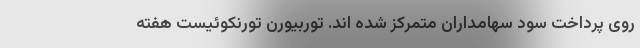
روی پرداخت سود سهامداران متمرکز شده اند. توربیورن تورنکوئیست هفته